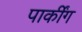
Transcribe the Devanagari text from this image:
पार्कींग